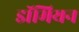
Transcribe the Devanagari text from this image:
डॉमियन